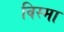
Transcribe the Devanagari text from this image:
विस्मा